Calcutta medical institutions reports 1871-78
Year: 1871
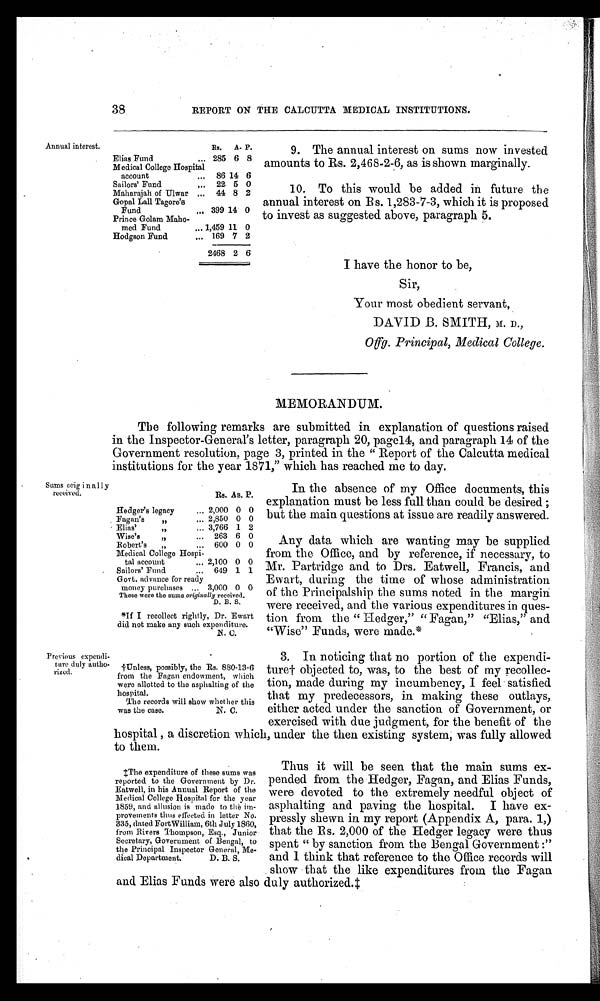
3. In noticing that no portion of the expendi--
ture† objected to, was, to the best of my recollec--
tion, made during my incumbency, I feel satisfied
that my predecessors, in making these outlays,
either acted under the sanction of Government, or
exercised with due judgment, for the benefit of the
hospital , a discretion which, under the then existing system, was fully allowed
to them.
Any data which are wanting may be supplied
from the Office, and by reference, if necessary, to
Mr. Partridge and to Drs. Eatwell, Francis, and
Ewart, during the time of whose administration
of the Principalship the sums noted in the margin
were received, and the various expenditures in ques-
tion from the " Hedger," "Fagan," "Elias," and
"Wise" Funds, were made.*
In the absence of my Office documents, this
explanation must be less full than could be desired ;
but the main questions at issue are readily answered.
Rs. As. P.
Hedger's legacy
... 2,000 0 0
Fagan's
„
... 2,850 0 0
Elias' ,, ...
3,766 1 2
Wise's ,, ...
263 6 0
Robert's ,, ...
600 0 0
„
Medical College Hospi-
tal account
... 2,100 0 0
Sailors' Fund
... 649 1 1
Govt. advance for ready
money purchases ... 3,000 0 0
These were the sums originally received.
D. B. S.
*If I recollect rightly, Dr. Ewart
did not make any such expenditure.
N. C.
Sums originally
received.
†Unless, possibly, the Rs. 880-13-6
from the Fagan endowment, which
were allotted to the asphalting of the
hospital.
The records will show whether this
was the case.
N. C.
Previous
e x p e n d i - t u r e
d uly autho-
rized.
38
REPORT ON THE CALCUTTA MEDICAL INSTITUTIONS.
Annual interest.
Rs. A. P.
Elias Fund
.., 285 6 8
Medical College Hospital
account
... 86 14 6
Sailors' Fund
... 22. 5 0
Maharajah of Ulwar ... 44 8 2
Gopal Lall Tagore's
Fund
... 399 14 0
Prince Golam Maho-
med Fund
... 1,459 11 0
Hodgson Fund
... 169 7 2
2468 2 6
9. The annual interest on sums now invested
amounts to Rs. 2,468-2-6, as is shown marginally.
10. To this would be added in future the
annual interest on Rs. 1,283-7-3, which it is proposed
to invest as suggested above, paragraph 5.
I have the honor to be,
Sir,
Your most obedient servant,
DAVID B. SMITH, M. D.,
Offg. Principal, Medical College.
MEMORANDUM.
The following remarks are submitted in explanation of questions raised
in the Inspector-General's letter, paragraph 20, pagel4, and paragraph 14 of the
Government resolution, page 3, printed in the " Report of the Calcutta medical
institutions for the year 1871," which has reached me to day.
Thus it will be seen that the main sums ex--
pended from the Hedger, Fagan, and Elias Funds,
were devoted to the extremely needful object of
asphalting and paving the hospital. I have ex--
pressly shewn in my report (Appendix A, para. 1,)
that the Rs. 2,000 of the Hedger legacy were thus
spent " by sanction from the Bengal Government :"
and I think that reference to the Office records will
show that the like expenditures from the Fagan
and Elias Funds were also duly authorized.‡
‡The expenditure of these sums was
reported to the Government by Dr.
Eatwell, in his Annual Report of the
Medical College Hospital for the year
1859, and allusion is made to the im--
provements thus effected in letter No.
335, dated FortWilliam, 6th July 1860,
from Rivers Thompson, Esq., Junior
Secretary, Government of Bengal, to
the Principal Inspector General, Me--
dical Department.
D. B. S.